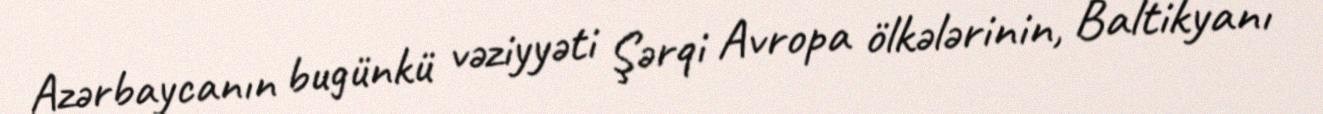
Azərbaycanın bugünkü vəziyyəti Şərqi Avropa ölkələrinin, Baltikyanı